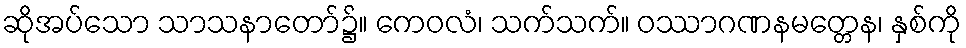
ဆိုအပ်သော သာသနာတော်၌။ ကေဝလံ၊ သက်သက်။ ဝဿာဂဏနမတ္တေန၊ နှစ်ကို